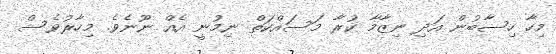
މިހާ ހިސާބުން އަދި ނިޒާމާ ކުރާ މަސައްކަތް ނިމުނީ އެއް ނޫނެވެ. މިހާރުވެސް